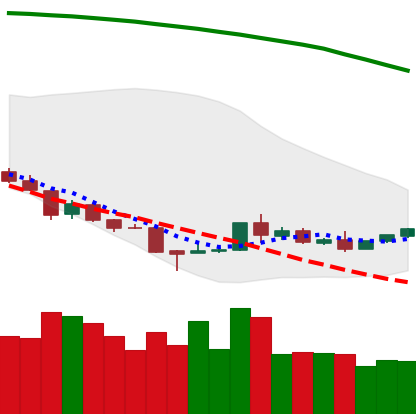
Ticker: TRX-USD
Chart end date: 2018-08-25
Forward return: 10.747%
Label: up_7plus